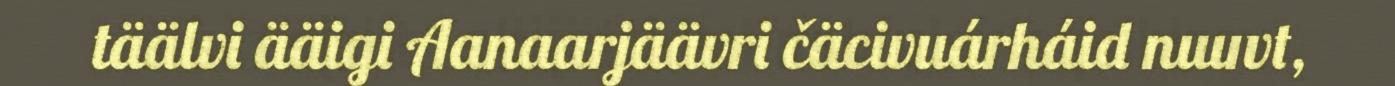
täälvi ääigi Aanaarjäävri čäcivuárháid nuuvt,